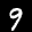
Label: 9